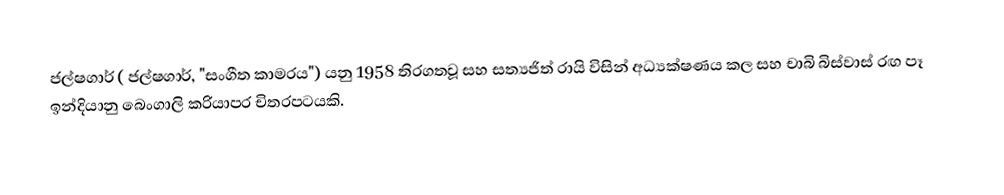
ජල්ෂගාර් ( ජල්ෂගාර්, "සංගීත කාමරය") යනු 1958 තිරගතවූ සහ  සත්‍යජිත් රායි විසින් අධ්‍යක්ෂණය කල සහ චාබි බිස්වාස් රඟ පෑ ඉන්දියානු බෙංගාලි ක‍්‍රියාපර චිත‍්‍රපටයකි.